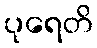
ပုရေတိ